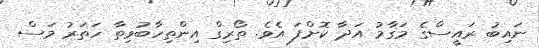
ނައިބު ރައީސްގެ މަގާމު އަދާ ކޮށްފަ އެވެ. ތޯރިގް އިންތިހާބުވިތާ ހަތަރު މަސް